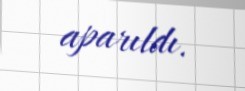
aparıldı.